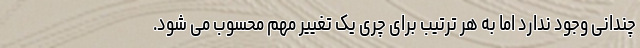
چندانی وجود ندارد اما به هر ترتیب برای چری یک تغییر مهم محسوب می شود.